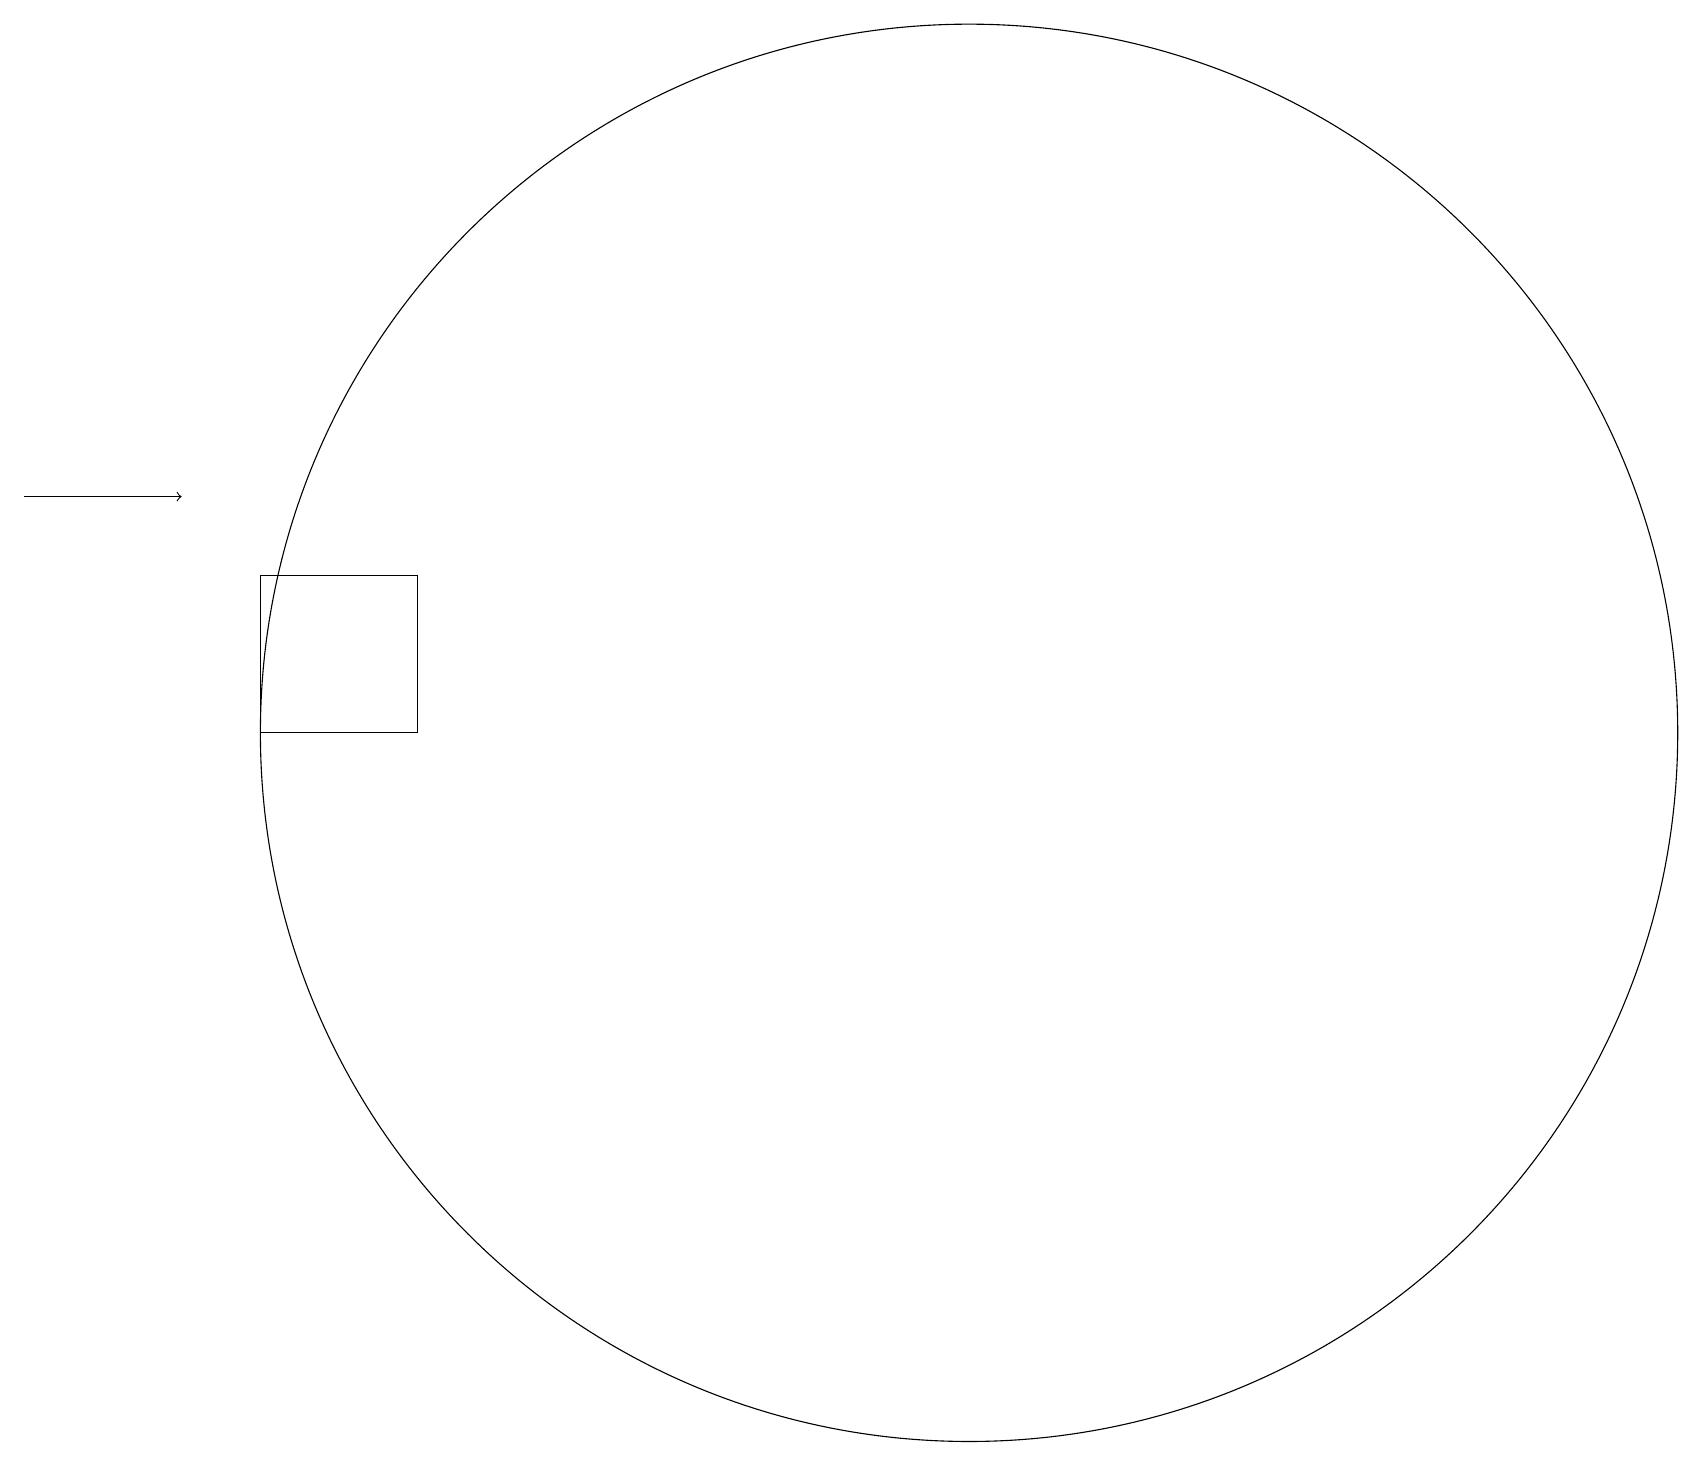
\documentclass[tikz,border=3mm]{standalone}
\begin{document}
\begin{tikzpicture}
\draw[->] (0,13) -- (2,13);
\draw (3,12) rectangle (5,10);
\draw (12,10) circle (9);
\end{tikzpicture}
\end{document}